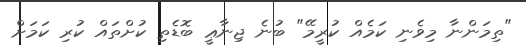
"ތިމަންނާ މިވެނި ކަމެއް ކުރީމޭ" ބުނެ ޖިނާޢީ ބޮޑެތި ކުށްތައް ކުރި ކަމަށް